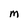
Character: M